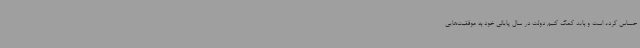
حساس کرده است و باید کمک کنیم دولت در سال پایانی خود به موفقیت‌هایی